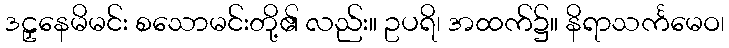
ဒဠှနေမိမင်း စသောမင်းတို့၏ လည်း။ ဥပရိ၊ အထက်၌။ နိရာသင်္ကမေဝ၊